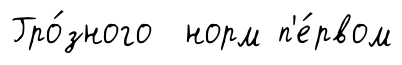
Гро́зного норм п'е́рвом